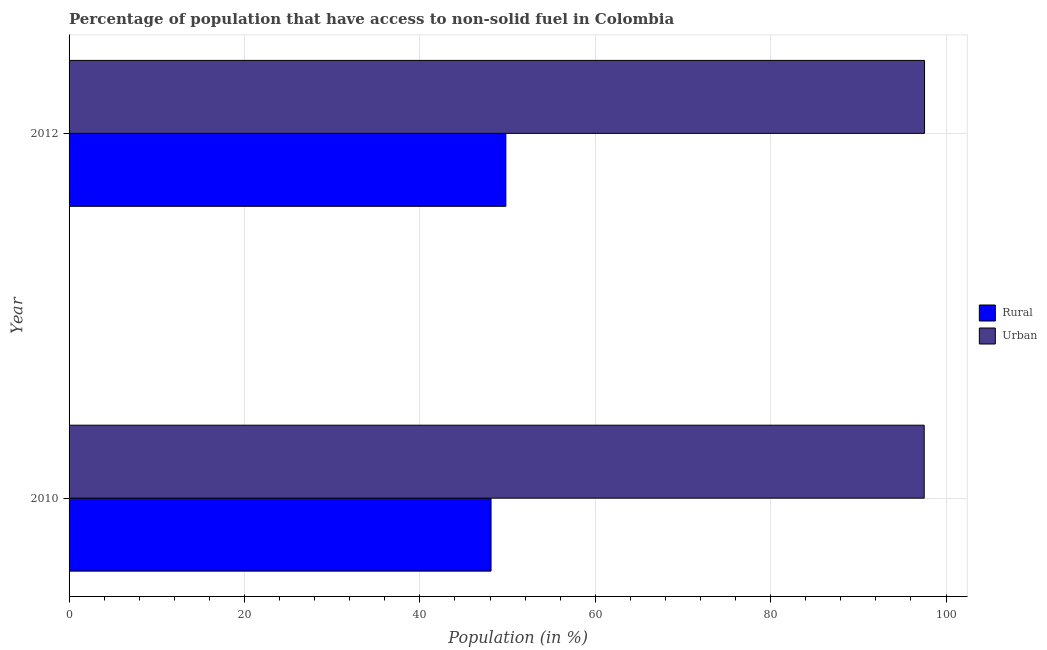
| Year | Rural | Urban |
 | --- | --- | --- |
 | 2010 | 48.1 | 97.5 |
 | 2012 | 49.8 | 97.5 |